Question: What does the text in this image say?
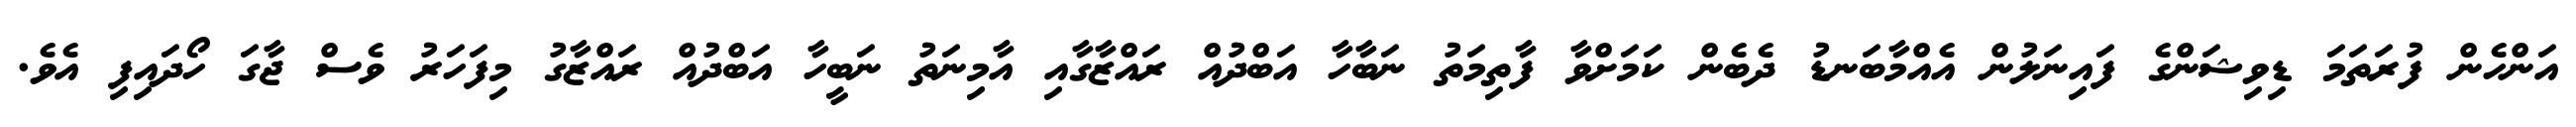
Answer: އަންހެން ފުރަތަމަ ޑިވިޝަންގެ ފައިނަލުން އެއްމާބަނޑު ދެބެން ކަމަށްވާ ފާތިމަތު ނަބާހާ އަބްދުއް ރައްޒާގާއި އާމިނަތު ނަބީހާ އަބްދުއް ރައްޒާގު މިފަހަރު ވެސް ޖާގަ ހޯދައިފި އެވެ.